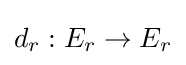
d_{r}:E_{r}\to E_{r}